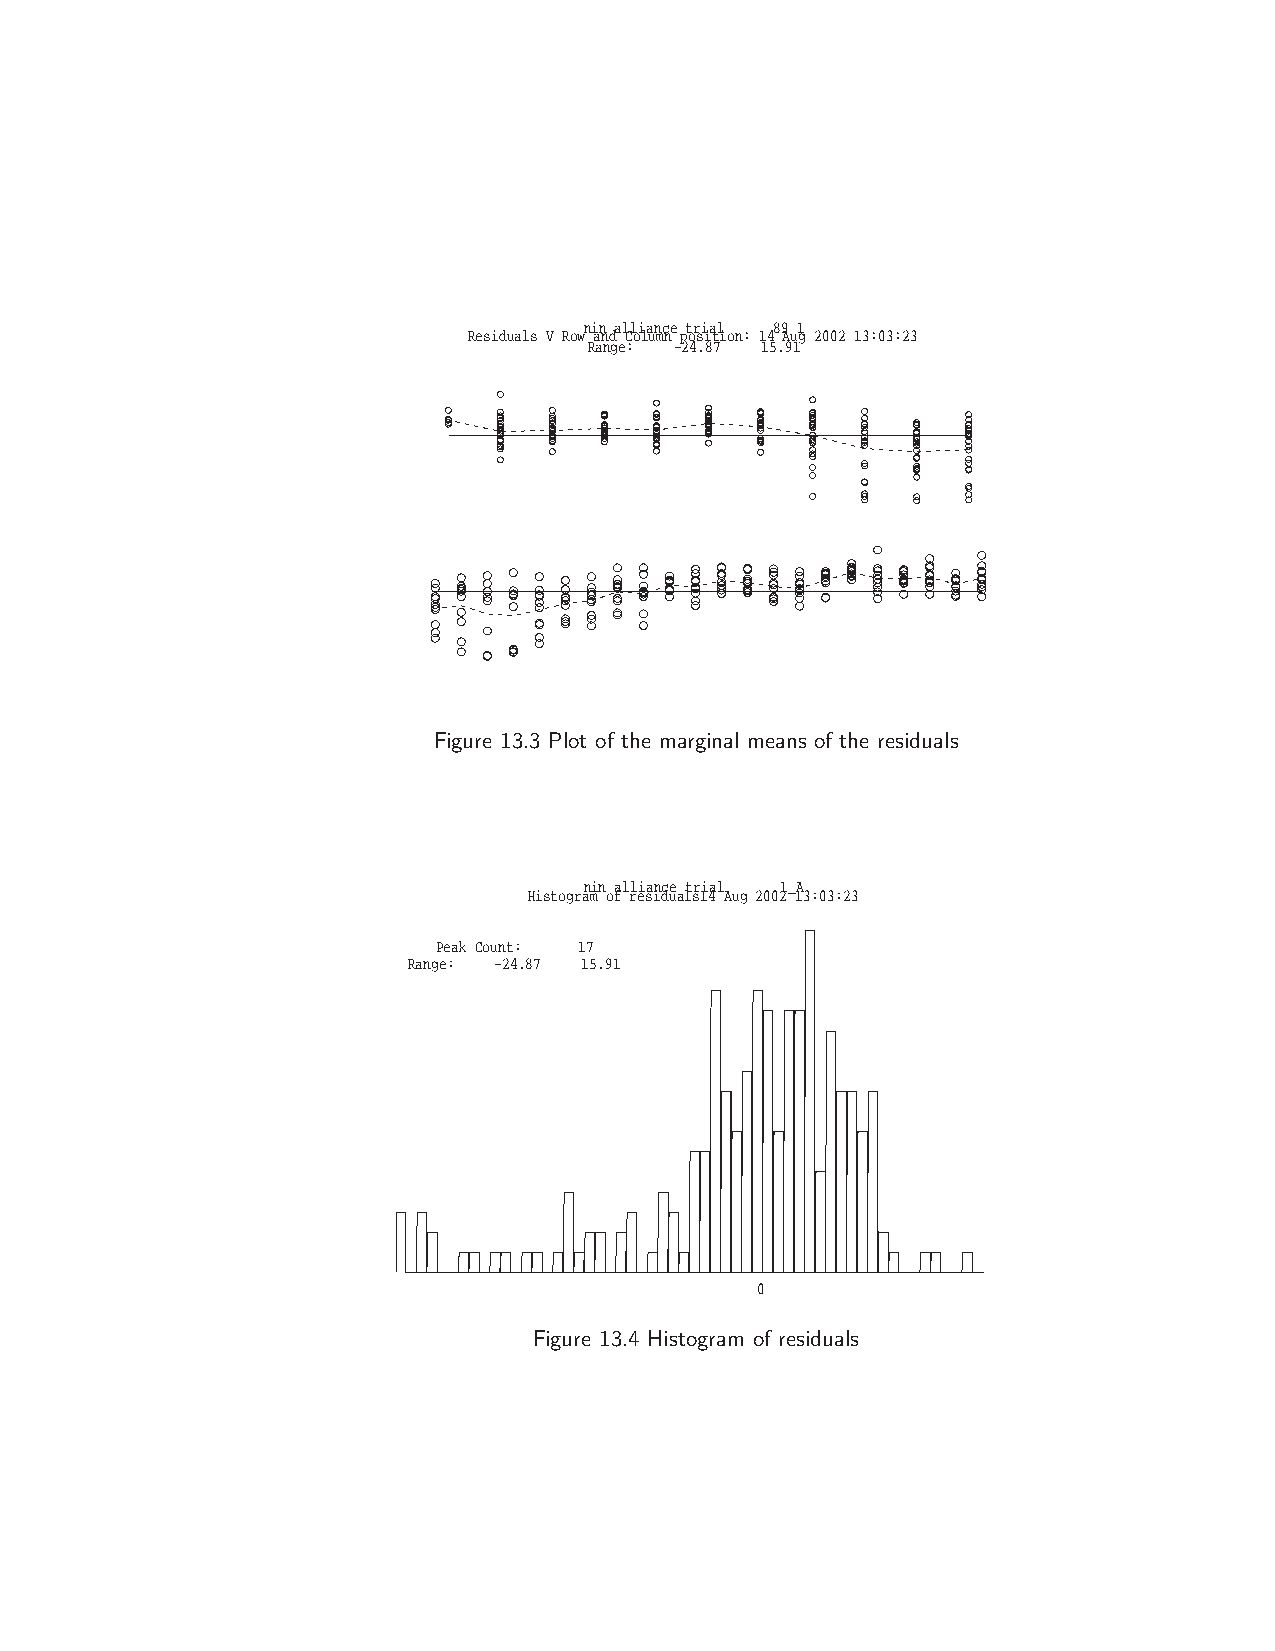
nin alliance trial 89 1
 Residuals V Row and Column position: 14 Aug 2002 13:03:23
 Range: −24.87 15.91
 Figure 13.3 Plot of the marginal means of the residuals
 nin alliance trial 1_A
 Histogram of residuals14 Aug 2002 13:03:23
 Peak Count: 17
 Range: −24.87 15.91
 0
 Figure 13.4 Histogram of residuals